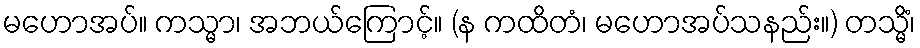
မဟောအပ်။ ကသ္မာ၊ အဘယ်ကြောင့်။ (န ကထိတံ၊ မဟောအပ်သနည်း။) တသ္မိံ၊